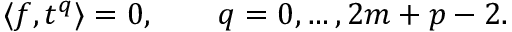
\langle f , t ^ { q } \rangle = 0 , \qquad q = 0 , \dots , 2 m + p - 2 .